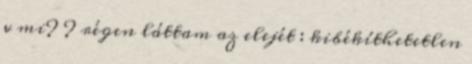
v mi? ? régen láttam az elejét : kibékíthetetlen